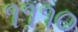
૧૧૧૦